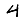
Digit: 4